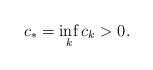
LaTeX: \begin{align*}c_{\ast}=\inf_{k}c_{k}>0. \end{align*}